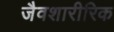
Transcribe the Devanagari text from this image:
जैवशारीरिक